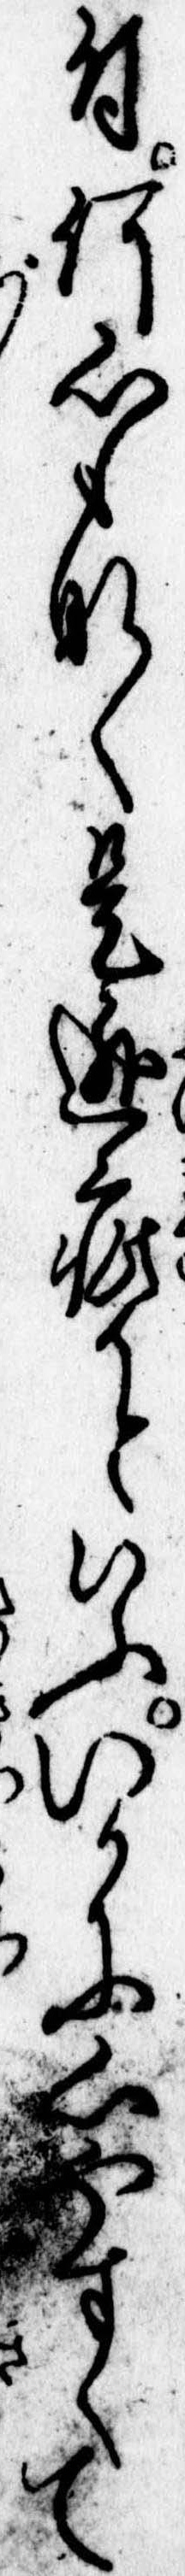
付何心もなく是逃疵かといふいかに心やすくて